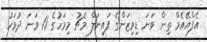
އެފްއޭއެމް ތިން ވަނަ ޑިވިޒަންގެ ފައިނަލް މެޗު މިމަހުގެ 11 ވަނަ ދުވަހު